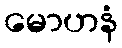
မောဟနံ